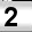
Digit: 2